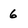
Character: 6